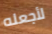
لأجعله